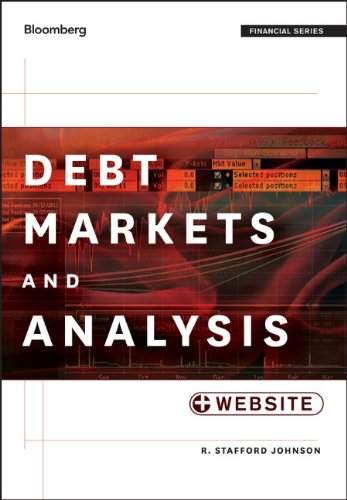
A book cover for Debt Markets and Analysis, + Website; R. Stafford Johnson; Business & Money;